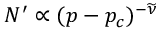
N ^ { \prime } \propto ( p - p _ { c } ) ^ { - \widetilde \nu }